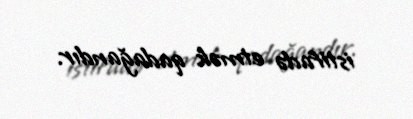
istifadə etmək qadağandır.